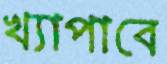
খ্যাপাবে